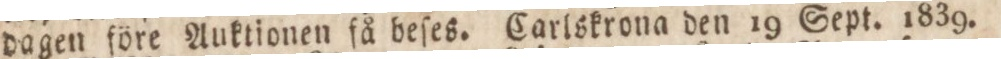
dagen före Auktionen få beſes. Carlskrona den 19 Sept. 1839.